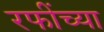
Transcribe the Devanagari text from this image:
रफींच्या